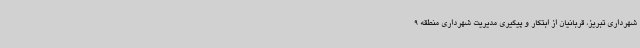
شهرداری تبریز، قربانیان از ابتکار و پیگیری مدیریت شهرداری منطقه 9